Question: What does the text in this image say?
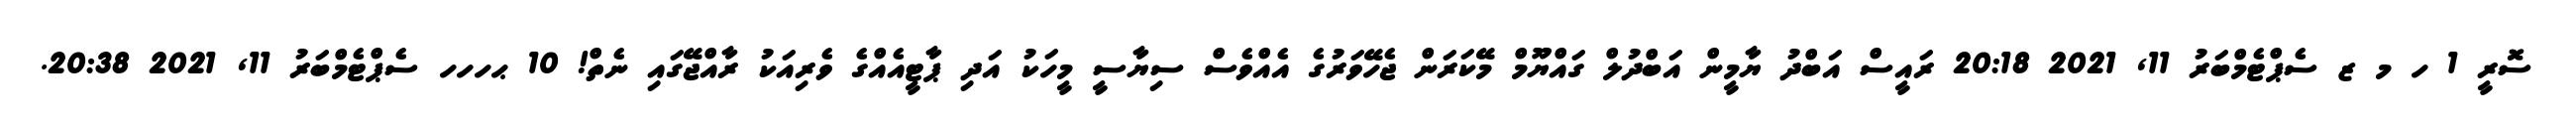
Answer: ސޮރީ 1 ހ މ ޒ ސެޕްޓެމްބަރު 11, 2021 20:18 ރައީސް އަބްދު ޔާމީން އަބްދުލް ގައްޔޫމް މޭކަރަން ޖެހޭވަރުގެ އެއްވެސް ސިޔާސީ މީހަކު އަދި ޕާޓީއެއްގެ ވެރިއަކު ރާއްޖޭގައި ނެތް! 10 ޙހހހ ސެޕްޓެމްބަރު 11, 2021 20:38.